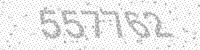
Solution: 557762